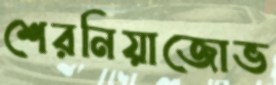
শেরনিয়াজোভ